Annual report of the Punjab Veterinary College and of the Civil Veterinary Department, Punjab - 1920-1925
Year: 1920
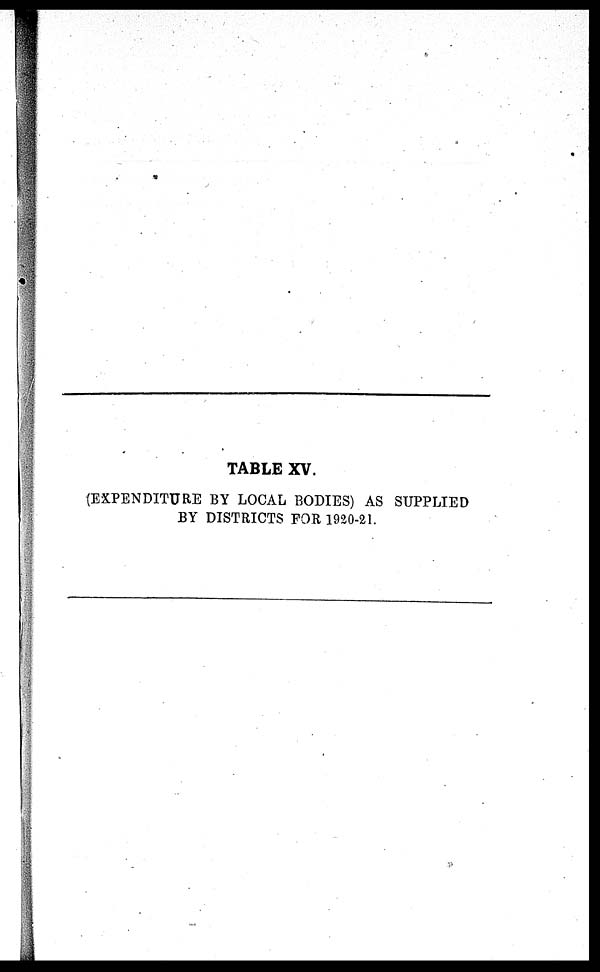
TABLE XV.
(EXPENDITURE BY LOCAL BODIES) AS SUPPLIED
BY DISTRICTS FOR 1920-21.